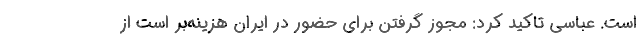
است. عباسی تاکید کرد: مجوز گرفتن برای حضور در ایران هزینه‌بر است از